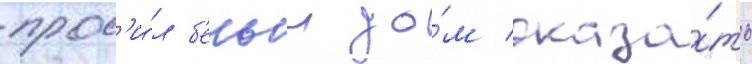
прос'и́л б'елыи до́м оказа́ть